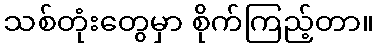
သစ်တုံးတွေမှာ စိုက်ကြည့်တာ။